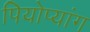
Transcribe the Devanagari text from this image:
पियोप्यांग